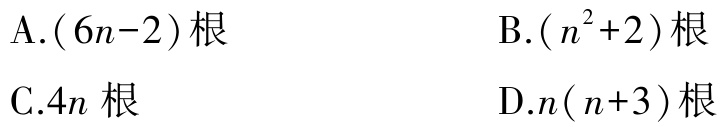
A.$(6n - 2)$根

B.$(n^{2}+2)$根

C.$4n$根

D.$n(n + 3)$根